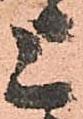
上